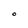
Character: O